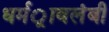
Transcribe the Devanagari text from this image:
धर्मर्ावलंबी